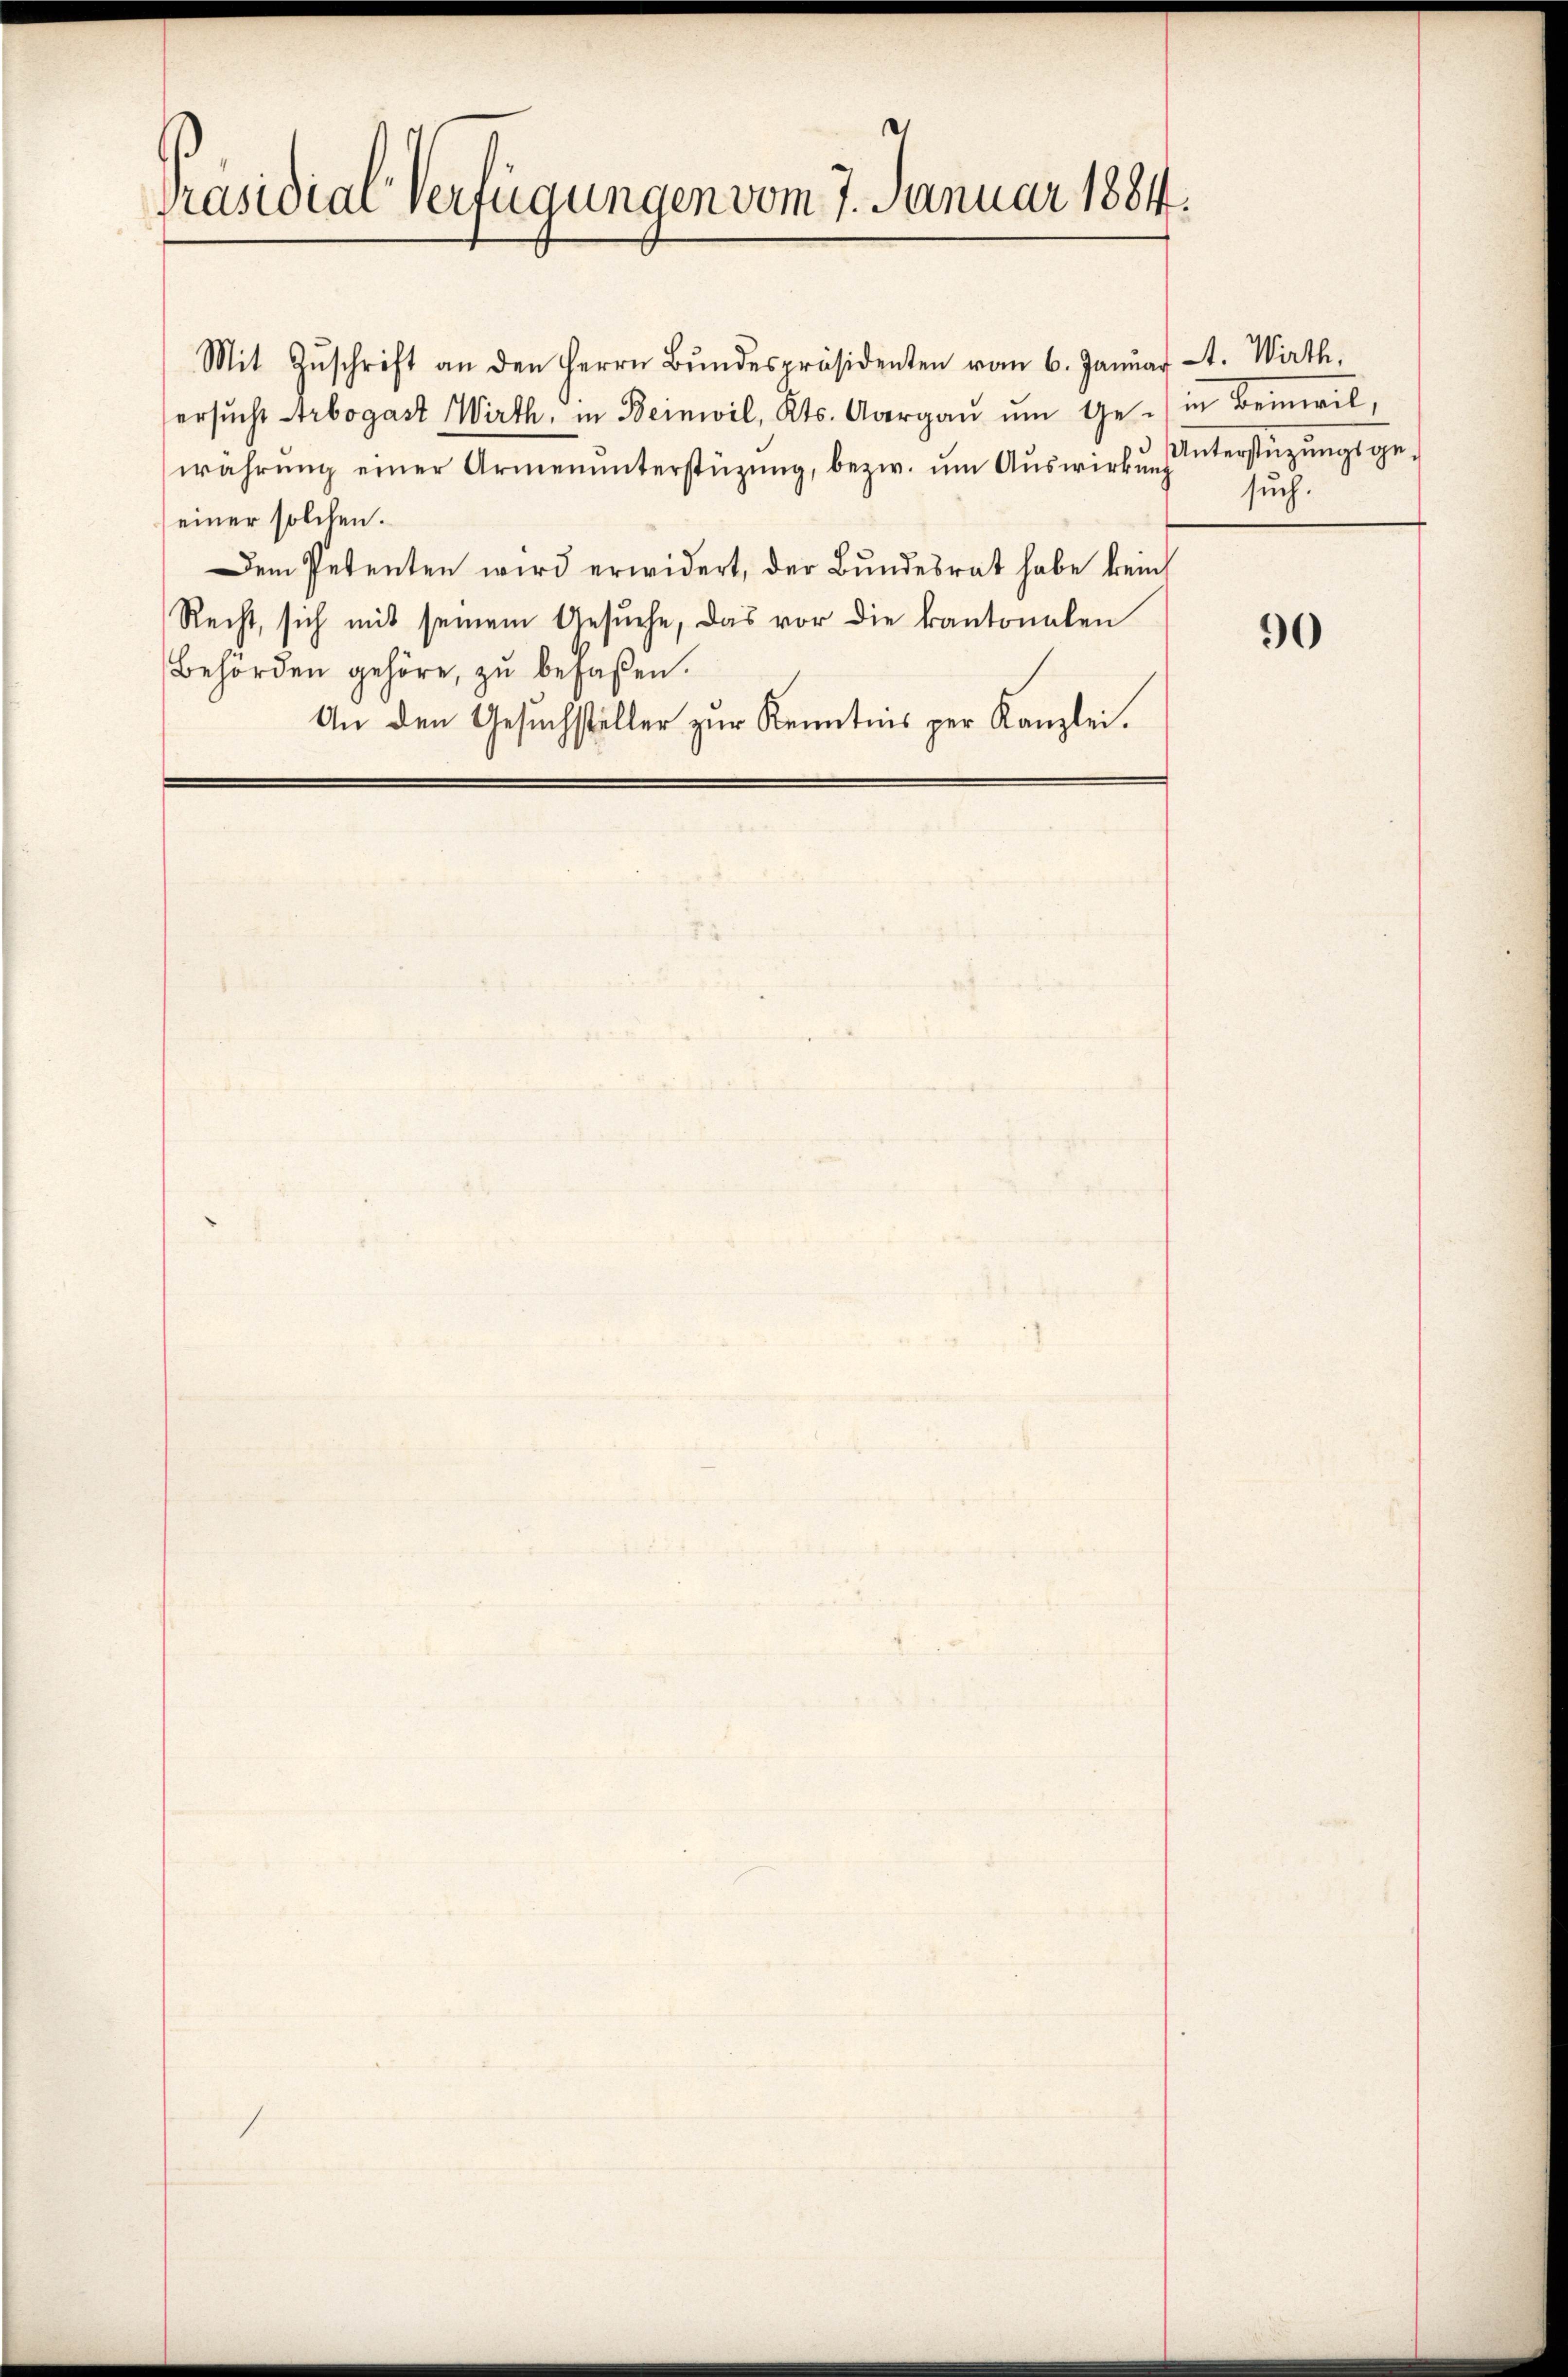
Präsidial-Verfügungen vom 7. Januar 1884.

Mit Zŭschrift an den Herrn Bŭndespräsidenten vom 6. Januar 1. Wirth,
ersŭcht trbogast Wirth, in Beinwil, Kts. Aargaŭ ŭm Ge- in Beinwil,
währŭng einer Armenŭnterstüzung, bezw. ŭm Aŭswirkŭng ŭnterstützŭngsge-
(einer solchen.
Dem Petenten wird erwidert, der Bŭndesrat habe kein
Recht, sich mit seinem Gesŭche, das vor die kantonalen
Behörden gehöre, zu befaßen.
An den Gesuchsteller zur Kenntnis per Kanzlei.

such.

90